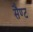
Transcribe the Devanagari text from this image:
सैण्ट